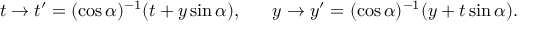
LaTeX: t \to t ^ { \prime } = ( \cos \alpha ) ^ { - 1 } ( t + y \sin \alpha ) , \ \ \ \ \ y \to y ^ { \prime } = ( \cos \alpha ) ^ { - 1 } ( y + t \sin \alpha ) .